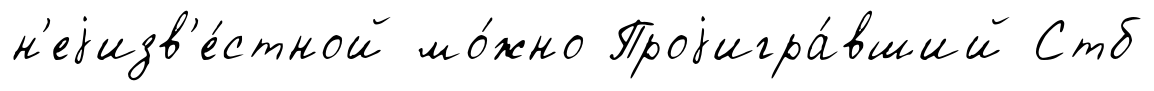
н'еjизв'е́стной мо́жно Проjигра́вший Стб